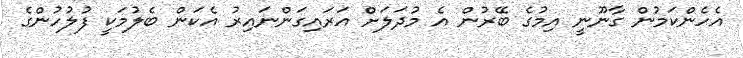
އެހެންކަމުން ގާނޫނީ އިމުގެ ބޭރުން އެ މުދަލަށް އަރައިގަންނައިރު އެކަން ބެލުމަކީ ފުލުހުންގެ